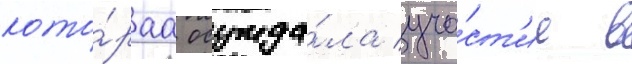
кото́раа осужда́ла уча́ст'ие в